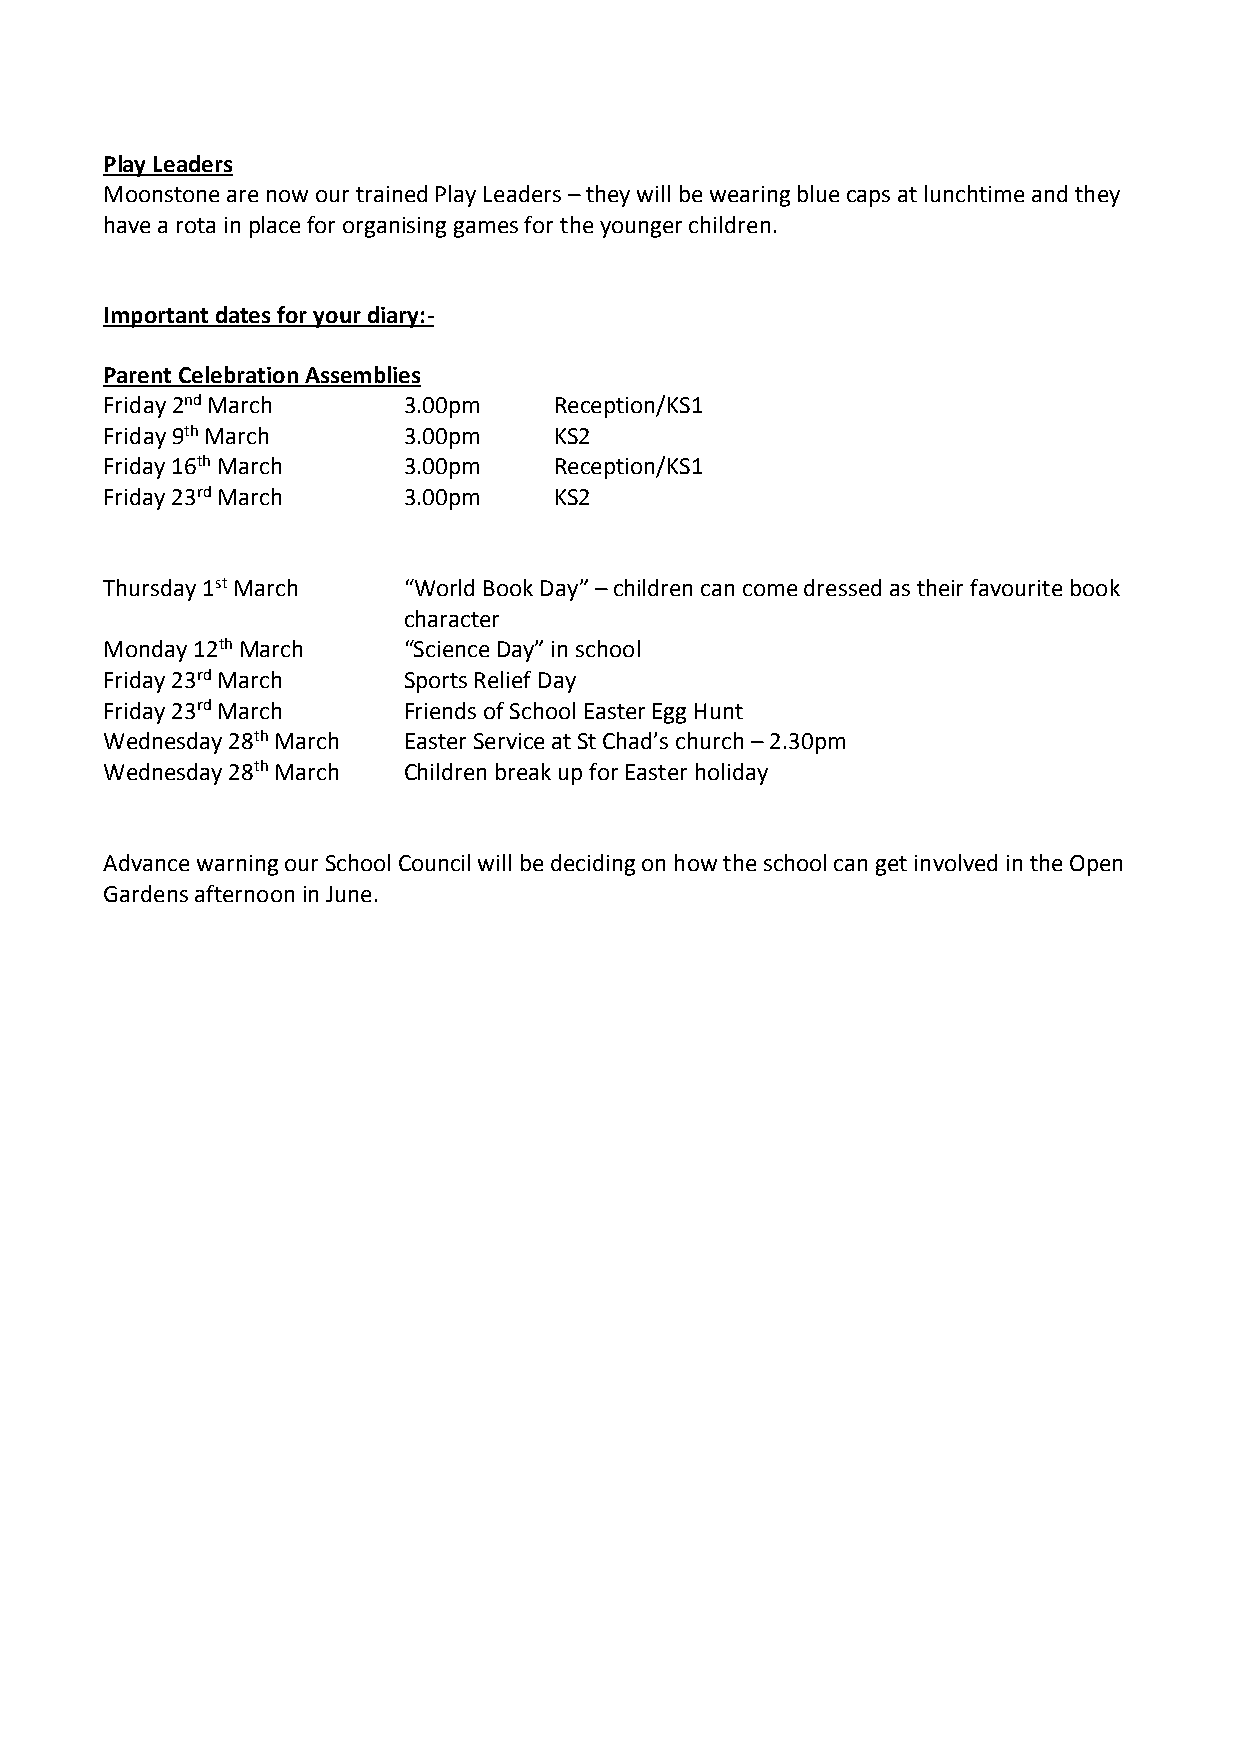
Play Leaders
 Moonstone are now our trained Play Leaders – they will be wearing blue caps at lunchtime and they
 have a rota in place for organising games for the younger children.
 Important dates for your diary:-
 Parent Celebration Assemblies
 Friday 2nd March    3.00pm    Reception/KS1
 Friday 9th March    3.00pm    KS2
 Friday 16th March   3.00pm    Reception/KS1
 Friday 23rd March   3.00pm    KS2
 Thursday 1st March  “World Book Day” – children can come dressed as their favourite book
 character
 Monday 12th March   “Science Day” in school
 Friday 23rd March   Sports Relief Day
 Friday 23rd March   Friends of School Easter Egg Hunt
 Wednesday 28th March Easter Service at St Chad’s church – 2.30pm
 Wednesday 28th March Children break up for Easter holiday
 Advance warning our School Council will be deciding on how the school can get involved in the Open
 Gardens afternoon in June.